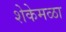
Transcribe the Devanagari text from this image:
शेकेमळा